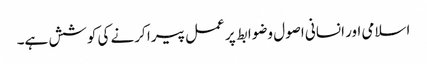
اسلامی اور انسانی اصول وضوابط پر عمل پیرا کرنے کی کوشش ہے۔